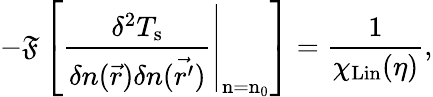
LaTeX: -\mathfrak{F}\left[\left.\frac{\delta^{2}T_{\mathrm{s}}}{\delta n(\vec{r})\delta n(\vec{r^{\prime}})}\right|_{\mathrm{n=n_{0}}}\right]=\frac{1}{\chi_{\mathrm{Lin}}(\eta)},